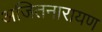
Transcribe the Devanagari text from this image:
अजितनारायण